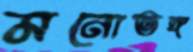
মনোভঙ্গ